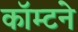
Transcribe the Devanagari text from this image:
कॉम्टने